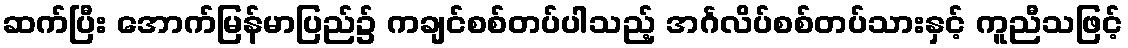
ဆက်ပြီး အောက်မြန်မာပြည်၌ ကချင်စစ်တပ်ပါသည့် အင်္ဂလိပ်စစ်တပ်သားနှင့် ကူညီသဖြင့်